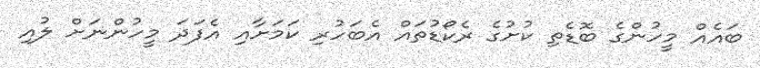
ބައެއް މީހުންގެ ބޮޑެތި ކުށުގެ ރެކޯޑުތައް އެބަހުރި ކަމަށާއި އެފަދަ މީހުންނަށް ލުއި